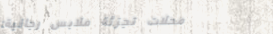
محلات تجزئة ملابس رجالية: